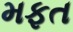
મફત